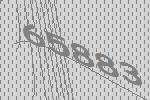
65883